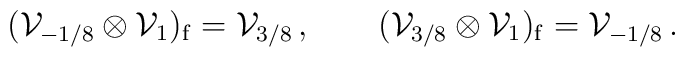
({\cal V}_{-1/8}\otimes{\cal V}_{1})_{\mathrm{f}}           = {\cal V}_{3/8} \,, \qquad   ({\cal V}_{3/8}\otimes{\cal V}_{1})_{\mathrm{f}}           = {\cal V}_{-1/8}\,.